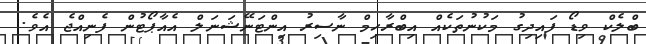
ބްލެކް ވިޑޯ ފައިދިގު މަކުނުތަކެއް އިބްރާހިމް ނާސިރު އިންޓަނޭޝަނަލް އެއާޕޯޓުން ފެނިއްޖެ އެވެ.